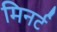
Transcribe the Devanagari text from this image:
मिनर्ट